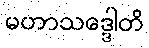
မဟာသဒ္ဒေါတိ